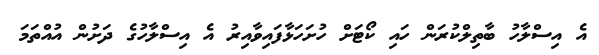
އެ އިސްލާހު ބާތިލްކުރަން ހައި ކޯޓަށް ހުށަހަޅާފައިވާއިރު އެ އިސްލާހުގެ ދަށުން އުއްތަމަ